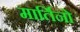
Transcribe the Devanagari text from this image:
मार्तिनो